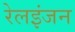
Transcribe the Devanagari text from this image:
रेलइंजन